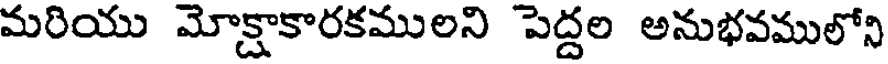
మరియు మోక్షాకారకములని పెద్దల అనుభవములోని